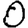
Digit: 0